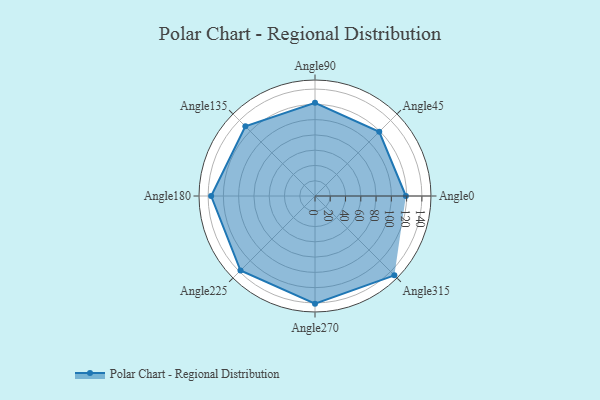
{"axis": {"x": "Angle", "y": "Radius"}, "legend": [""], "data": [{"x": "Angle0", "y": 119.0, "type": ""}, {"x": "Angle45", "y": 119.0, "type": ""}, {"x": "Angle90", "y": 122.0, "type": ""}, {"x": "Angle135", "y": 129.0, "type": ""}, {"x": "Angle180", "y": 136.0, "type": ""}, {"x": "Angle225", "y": 138.0, "type": ""}, {"x": "Angle270", "y": 141.0, "type": ""}, {"x": "Angle315", "y": 147.0, "type": ""}]}